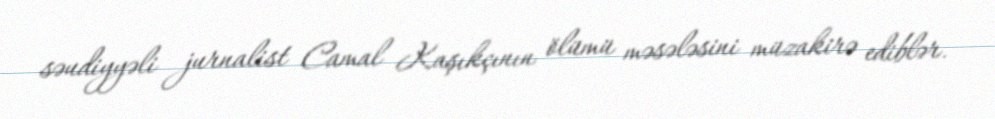
səudiyyəli jurnalist Camal Kaşıkçının ölümü məsələsini müzakirə ediblər.